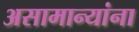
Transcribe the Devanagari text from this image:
असामान्यांना